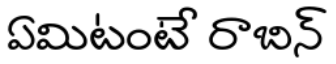
ఏమిటంటే రాబిన్